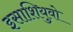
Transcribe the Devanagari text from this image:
इसाशियुवो